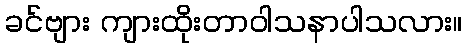
ခင်ဗျား ကျားထိုးတာဝါသနာပါသလား။